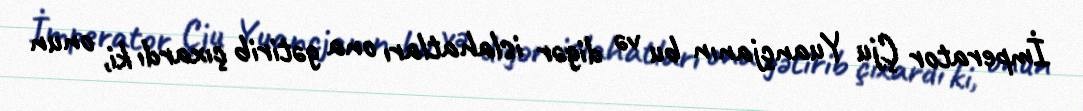
İmperator Çju Yuançjanın bu və digər islahatları ona gətirib çıxardı ki, onun